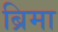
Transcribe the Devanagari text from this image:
ब्रिमा